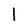
Character: 1